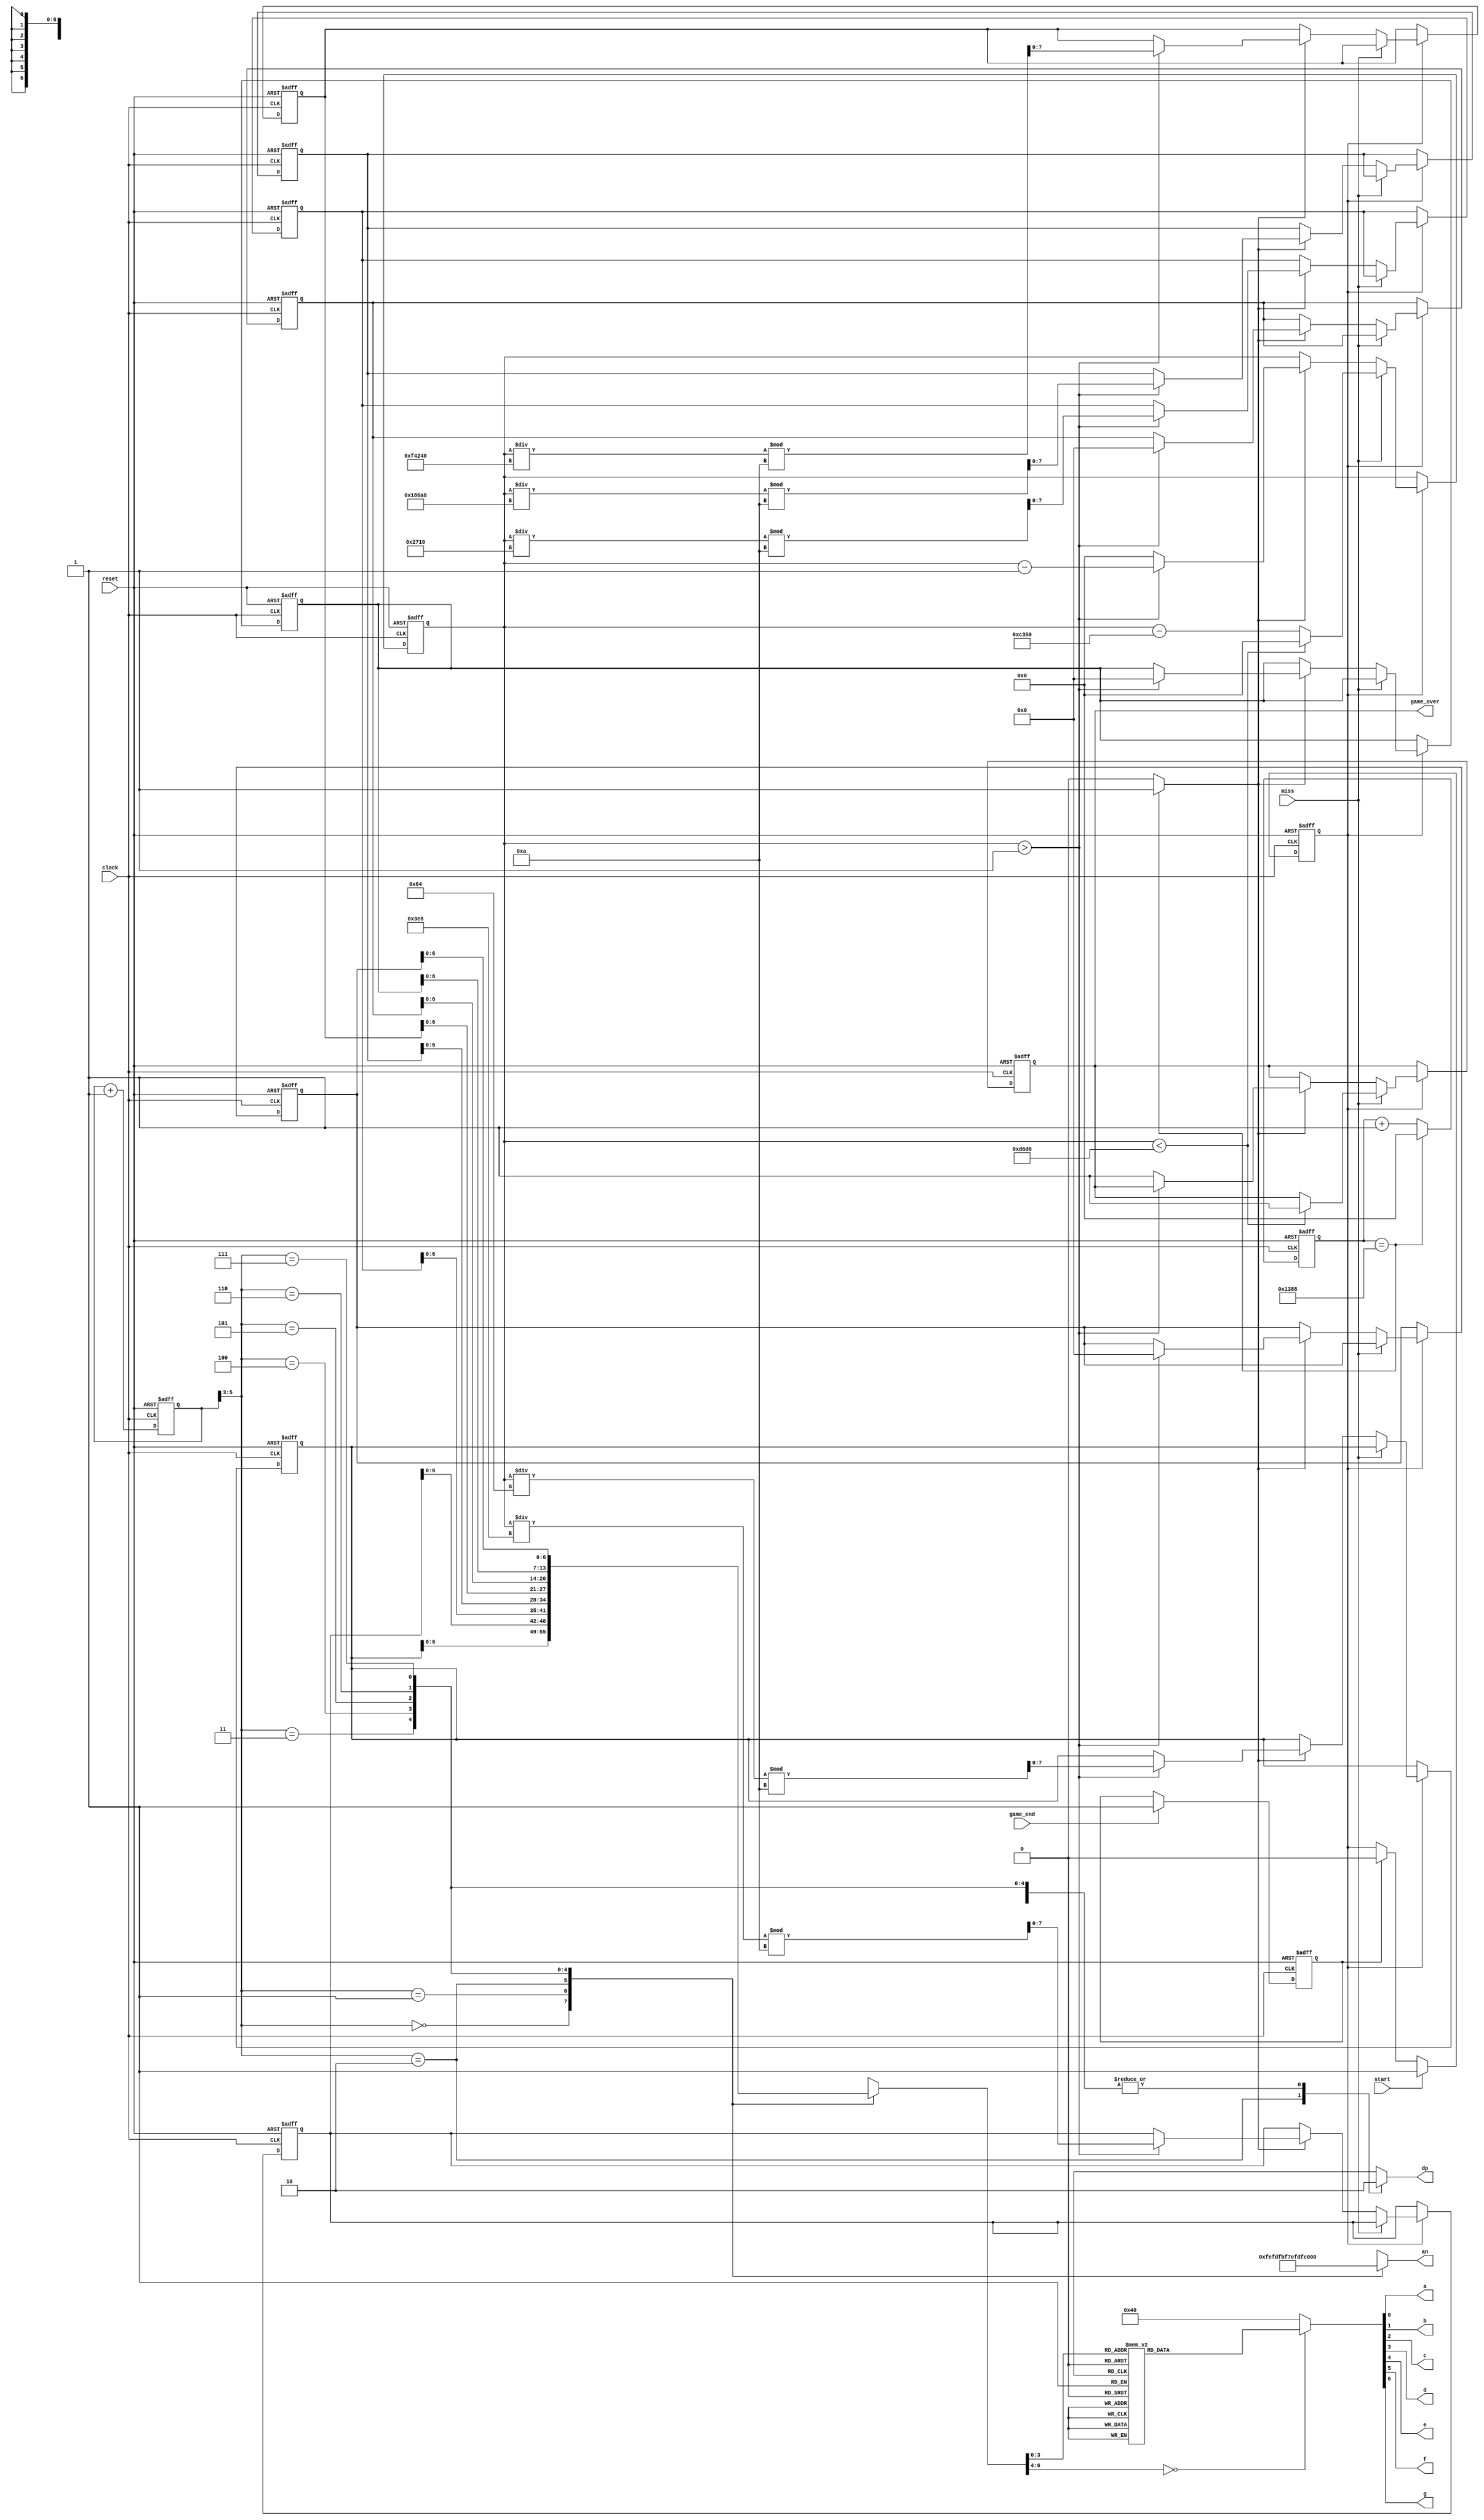
// https://simplefpga.blogspot.com/2012/07/to-code-stopwatch-in-verilog.html


module timer (
    input clock,
    input reset,
    input start,
    input miss,
    input game_end,
    output a, b, c, d, e, f, g, dp,
    output [7:0] an,
    output game_over
  );

reg [7:0] reg_d0, reg_d1, reg_d2, reg_d3, reg_d4, reg_d5, reg_d6, reg_d7; //registers that will hold the individual counts
reg [22:0] ticker; //23 bits needed to count up to 5M bitsa
reg [22:0] timer;
reg miss_flag;
reg start_flag;
reg game_end_reg;
wire click;

//the mod 5M clock to generate a tick ever 0.1 second

always @ (posedge clock or posedge reset)
begin
 if(reset)
  ticker <= 0;

  // 50MHz * 0.0001 = 5000
 else if(ticker == 5000) // if it reaches the desired max value reset it
  ticker <= 0;

 else
  ticker <= ticker + 1;
end

assign click = ((ticker == 5000)?1'b1:1'b0); //click to be assigned high every 0.1 second
reg game_over_flag;

always @ (posedge clock or posedge reset) begin
  if (reset) begin
    game_over_flag <= 0;
    timer <= 1800000;
    start_flag <= 0;
    miss_flag <= 0;
    game_end_reg <= 0;
    reg_d0 <= 0;
    reg_d1 <= 0;
    reg_d2 <= 0;
    reg_d3 <= 8;
    reg_d4 <= 1;
    reg_d5 <= 0;
    reg_d6 <= 0;
    reg_d7 <= 0;
  end else begin
    if (game_end) begin
      game_end_reg <= 1;

    end if (game_end_reg) begin
      start_flag <= 0;

    end if (start) begin
      start_flag <= 1;
    end
    if (start_flag) begin
      if (miss) begin
        if (timer < 55000) begin
          timer <= 0;
          game_over_flag <= 1;
        end else begin
          timer <= timer - 50000;
        end
      end else if (click) begin
        if (timer > 1) begin
          timer <= timer - 1;
          reg_d0 <= timer / 100 % 10;
          reg_d1 <= timer / 1000 % 10;
          reg_d2 <= timer / 10000 % 10;
          reg_d3 <= timer / 100000 % 10;
          reg_d4 <= timer / 1000000 % 10;
          reg_d5 <= 0;
          reg_d6 <= 0;
          reg_d7 <= 0;
        end else begin
          timer <= 0;
          game_over_flag <= 1;
        end
      end
    end
  end
end

assign game_over = game_over_flag;

//The Circuit for Multiplexing - Look at my other post for details on this

localparam N = 6;

reg [N-1:0]count; //the 14 bit counter which allows us to multiplex at 1000Hz

always @ (posedge clock or posedge reset)
 begin
  if (reset)
   count <= 0;
  else
   count <= count + 1;
 end

reg [6:0]sseg;
reg [7:0]an_temp;
reg reg_dp;
always @ (*)
 begin
  case(count[N-1:N-3])
   
   3'b000 : 
    begin
     sseg = reg_d0;
     an_temp = 8'b11111110;
     reg_dp = 1'b0;
    end
   
   3'b001:
    begin
     sseg = reg_d1;
     an_temp = 8'b11111101;
     reg_dp = 1'b0;
    end
   
   3'b010:
    begin
     sseg = reg_d2;
     an_temp = 8'b11111011;
     reg_dp = 1'b1;
    end
    
   3'b011:
    begin
     sseg = reg_d3;
     an_temp = 8'b11110111;
     reg_dp = 1'b0;
    end
   
   3'b100 : 
    begin
     sseg = reg_d4;
     an_temp = 8'b11101111;
     reg_dp = 1'b0;
    end
   
   3'b101:
    begin
     sseg = reg_d5;
     an_temp = 8'b11011111;
     reg_dp = 1'b0;
    end
   
   3'b110:
    begin
     sseg = reg_d6;
     an_temp = 8'b10111111;
     reg_dp = 1'b0;
    end
    
   3'b111:
    begin
     sseg = reg_d7;
     an_temp = 8'b01111111;
     reg_dp = 1'b0;
    end
  endcase
 end
assign an = an_temp;

reg [6:0] sseg_temp; 
always @ (*)
 begin
  case(sseg)
   4'd0 : sseg_temp = 7'b0111111;
   4'd1 : sseg_temp = 7'b0000110;
   4'd2 : sseg_temp = 7'b1011011;
   4'd3 : sseg_temp = 7'b1001111;
   4'd4 : sseg_temp = 7'b1100110;
   4'd5 : sseg_temp = 7'b1101101;
   4'd6 : sseg_temp = 7'b1111101;
   4'd7 : sseg_temp = 7'b0000111;
   4'd8 : sseg_temp = 7'b1111111;
   4'd9 : sseg_temp = 7'b1101111;
   default : sseg_temp = 7'b1000000; //dash
  endcase
 end
assign {g, f, e, d, c, b, a} = sseg_temp; 
assign dp = reg_dp;


endmodule